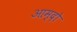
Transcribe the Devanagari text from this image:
आम्दो